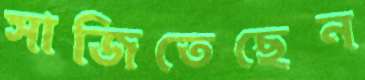
সাজিতেছেন